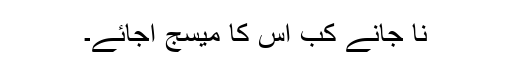
نا جانے کب اس کا میسج آجائے۔